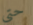
حتى